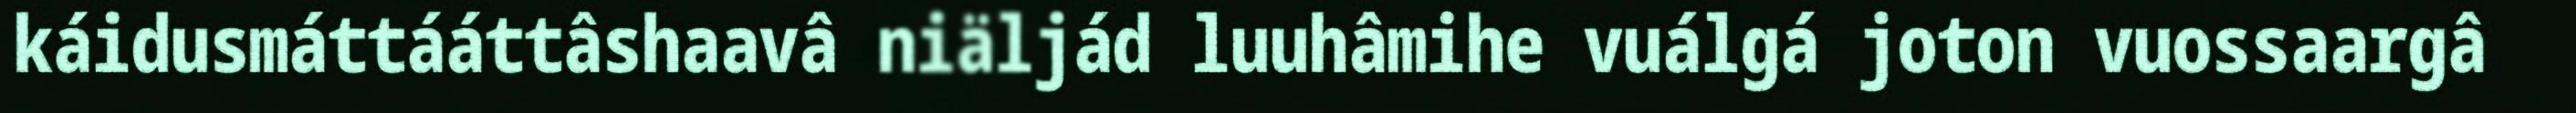
káidusmáttááttâshaavâ niäljád luuhâmihe vuálgá joton vuossaargâ